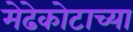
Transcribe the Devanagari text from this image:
मेढेकोटाच्या